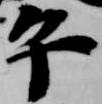
午